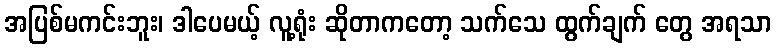
အပြစ်မကင်းဘူး၊ ဒါပေမယ့် လူ့ရုံး ဆိုတာကတော့ သက်သေ ထွက်ချက် တွေ အရသာ